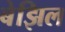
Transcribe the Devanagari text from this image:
बेझिल